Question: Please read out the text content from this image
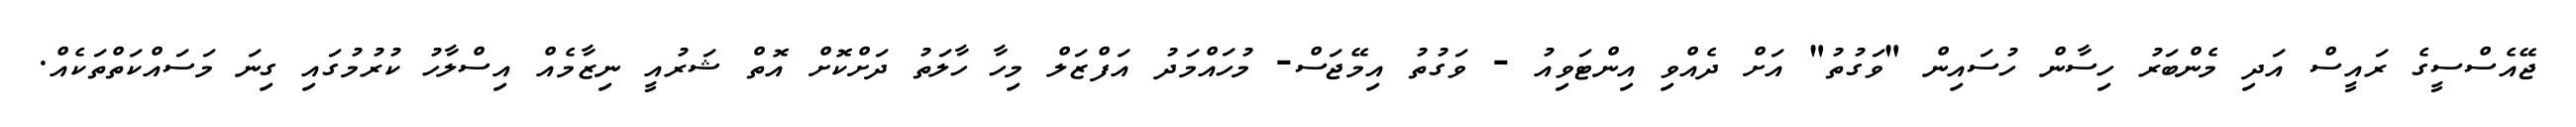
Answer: ޖޭއެސްސީގެ ރައީސް އަދި މެންބަރު ހިސާން ހުސައިން "ވަގުތު" އަށް ދެއްވި އިންޓަވިއު - ވަގުތު އިމޭޖަސް- މުހައްމަދު އަފްޒަލް މިހާ ހާލަތު ދަށްކޮށް އޮތް ޝަރުއީ ނިޒާމެއް އިސްލާހު ކުރުމުގައި ގިނަ މަސައްކަތްތަކެއް.